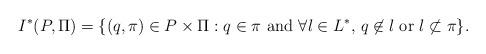
LaTeX: \begin{align*}I^*(P,\Pi) = \{(q,\pi)\in P\times \Pi: q\in \pi \mbox{ and } \forall l\in L^*, \,q\not \in l \mbox{ or } l \not\subset\pi\}.\end{align*}